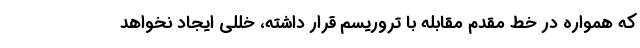
که همواره در خط مقدم مقابله با تروریسم قرار داشته، خللی ایجاد نخواهد